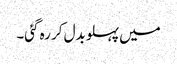
میں پہلو بدل کر رہ گئی۔